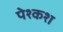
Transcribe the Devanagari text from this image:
पेश्कश